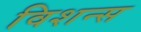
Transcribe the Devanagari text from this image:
विशन्स